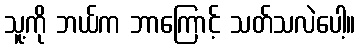
သူ့ကို ဘယ်က ဘာကြောင့် သတ်သလဲပေါ့။